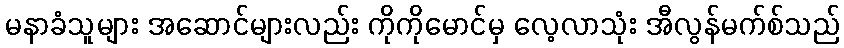
မနာခံသူများ အဆောင်များလည်း ကိုကိုမောင်မှ လေ့လာသုံး အီလွန်မက်စ်သည်